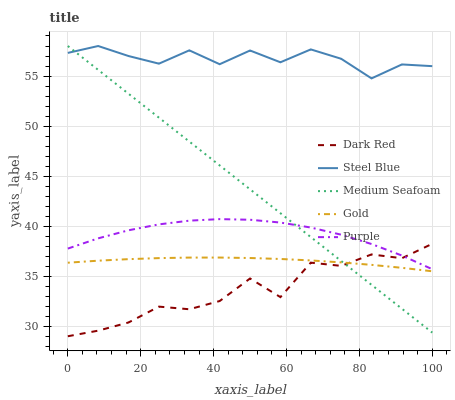
| xaxis_label | Dark Red | Steel Blue | Medium Seafoam | Gold | Purple |
 | --- | --- | --- | --- | --- | --- |
 | 0 | 29 | 57.3 | 58 | 36.4 | 37.8 |
 | 8.33 | 29.6 | 58 | 55.6 | 36.6 | 38.8 |
 | 16.7 | 30.4 | 57 | 53.2 | 36.7 | 39.6 |
 | 25 | 32 | 56.2 | 50.8 | 36.8 | 40.2 |
 | 33.3 | 31.7 | 57.6 | 48.5 | 36.9 | 40.6 |
 | 41.7 | 32.5 | 56.2 | 46.1 | 36.9 | 40.7 |
 | 50 | 34.8 | 57.6 | 43.7 | 36.8 | 40.7 |
 | 58.3 | 32.9 | 56.4 | 41.3 | 36.7 | 40.4 |
 | 66.7 | 36.4 | 57.7 | 38.9 | 36.6 | 39.9 |
 | 75 | 36.1 | 56.7 | 36.5 | 36.4 | 39.2 |
 | 83.3 | 37.2 | 54.8 | 34.2 | 36.2 | 38.2 |
 | 91.7 | 36.8 | 56.2 | 31.8 | 35.9 | 37.1 |
 | 100 | 38.3 | 56 | 29.4 | 35.5 | 35.7 |